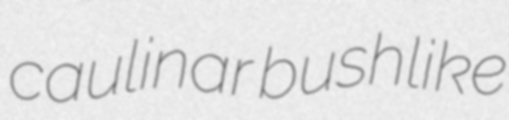
caulinar bushlike